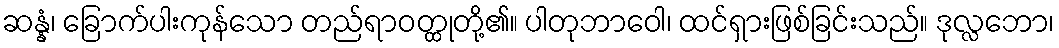
ဆန္နံ၊ ခြောက်ပါးကုန်သော တည်ရာဝတ္ထုတို့၏။ ပါတုဘာဝေါ၊ ထင်ရှားဖြစ်ခြင်းသည်။ ဒုလ္လဘော၊